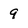
Character: 9